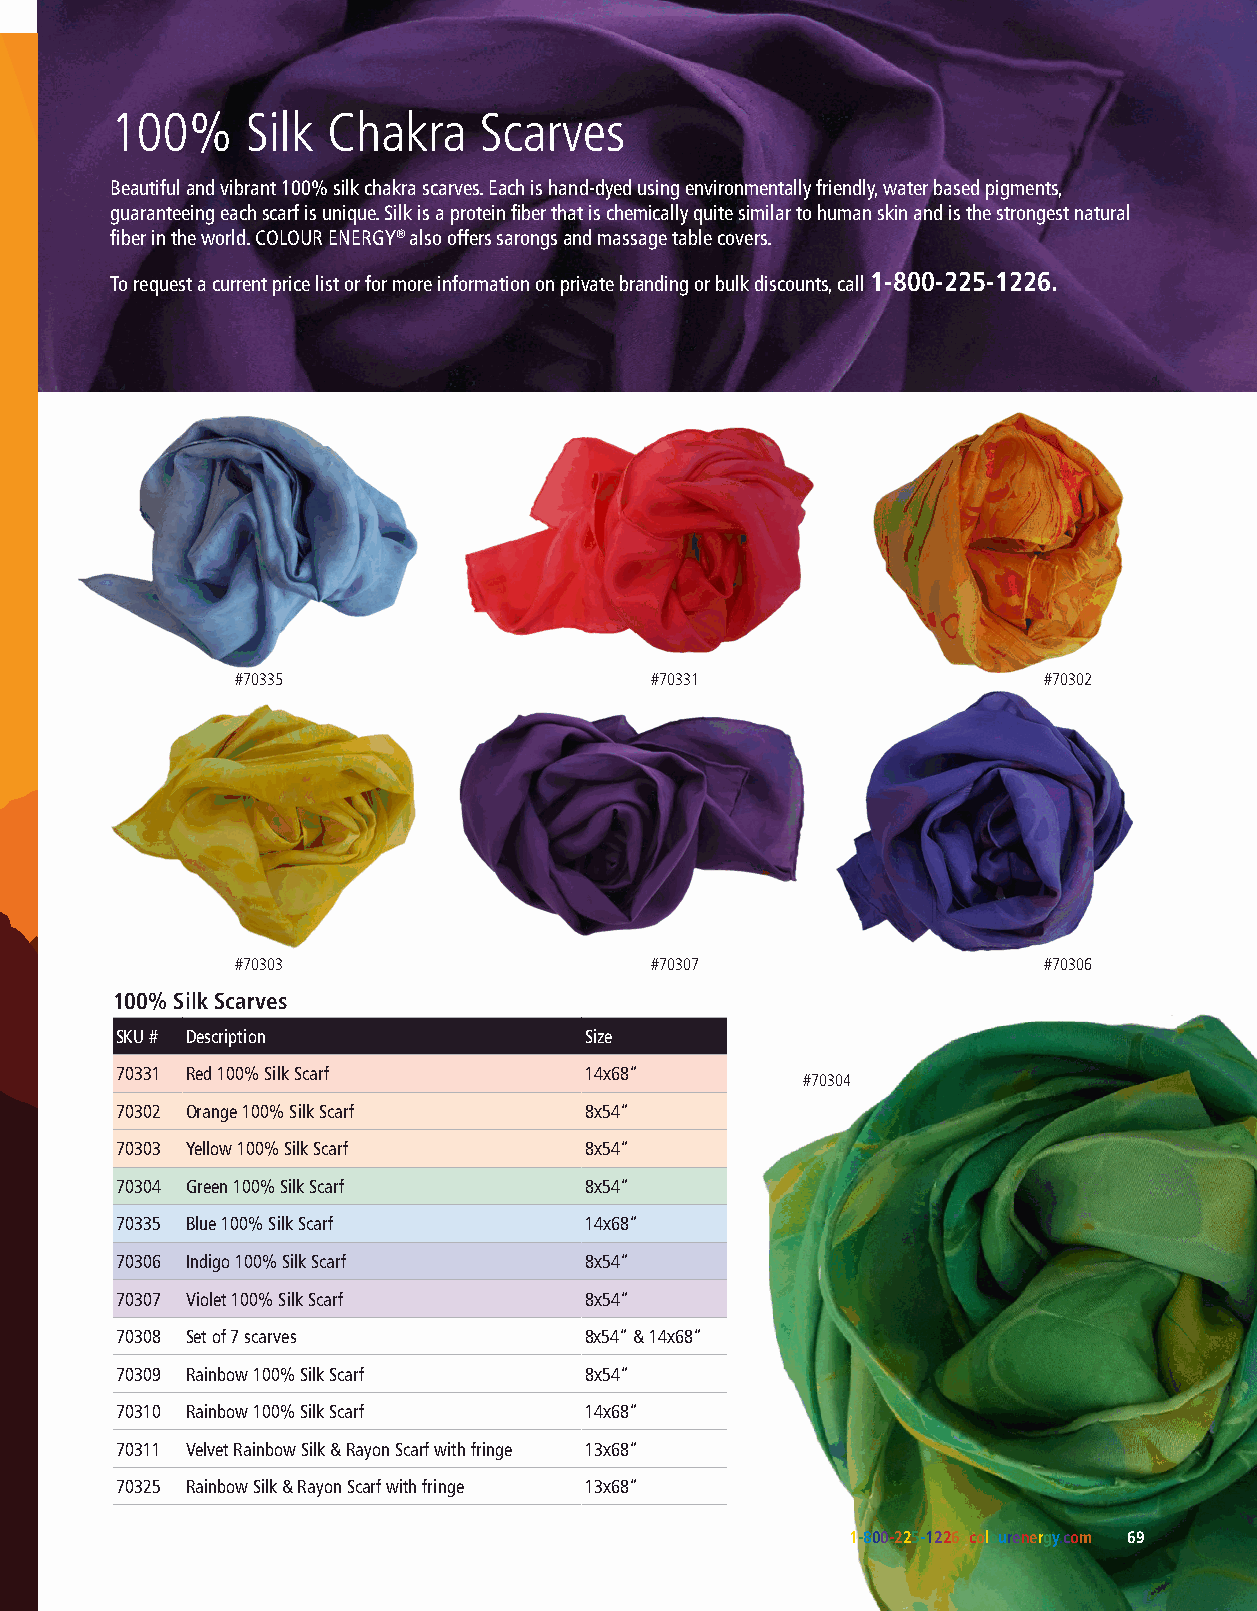
100%     Silk  Chakra    Scarves
 presents Beautiful and vibrant 100% silk chakra scarves. Each is hand-dyed using environmentally friendly, water based pigments,
 guaranteeing each scarf is unique. Silk is a protein fiber that is chemically quite similar to human skin and is the strongest natural
 fiber in the world. COLOUR ENERGY® also offers sarongs and massage table covers.
 HOLY GRAIL
 To request a current price list or for more information on private branding or bulk discounts, call 1-800-225-1226.
 Frankincense, Gold* & Myrrh
 We can’t possibly list all of the benefits
 that every ingredient has in this recipe,
 but know that it was given as gifts to
 honour kings & deities for more reasons
 #70335                     #70331                    #70302
 than we can imagine!
 #70303                     #70307                    #70306
 100% Silk Scarves
 SKU # Description              Size
 70331 Red 100% Silk Scarf      14x68”
 #70304
 *According to numerous historians, many ancient scripts that referenced gold were in fact references to Turmeric.
 70302 Orange 100% Silk Scarf   8x54”
 Through history the therapeutic oils in these products have been used to support health
 70303 Yellow 100% Silk Scarf   8x54”
 and wellness in Chinese and Ayurvedic medicine for more than 4000 years to help:
 70304 Green 100% Silk Scarf    8x54”
 • Relieve chronic stress and anxiety
 70335 Blue 100% Silk Scarf     14x68”
 • Reduce pain and inflammation
 70306 Indigo 100% Silk Scarf   8x54”
 • Boost immunity and prevent dis-ease in the mind, body and soul.
 70307 Violet 100% Silk Scarf   8x54”
 Holy Grail [hoh-lee–greyl] An object or goal that is sought after for its great significance. 70308 Set of 7 scarves 8x54” & 14x68”
 Something that is wanted very much but is hard to get or achieve.
 70309 Rainbow 100% Silk Scarf  8x54”
 70310 Rainbow 100% Silk Scarf  14x68”
 70311 Velvet Rainbow Silk & Rayon Scarf with fringe 13x68”
 HOLY GRAIL HOLY GRAIL HOLY GRAIL
 Bath & Body Oil Body Butter Pure Mix Essential Oil 70325 Rainbow Silk & Rayon Scarf with fringe 13x68”
 #71933 - 150ml #71924 - 120g #71912 - 15ml
 1-800-225-1226 colourenergy.com 69